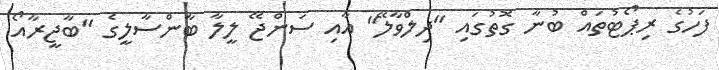
ފަހުގެ ރިޕޯޓުތައް ބުނާ ގޮތުގައި "ދިލްވާލޭ" އާއި ސަންޖޭ ލީލާ ބާންސާލީގެ "ބާޖީރާއޯ